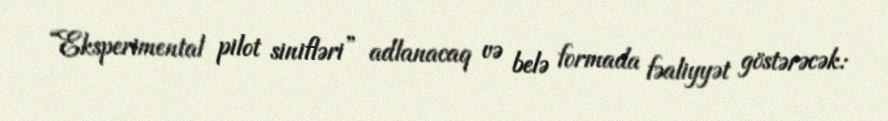
“Eksperimental pilot sinifləri” adlanacaq və belə formada fəaliyyət göstərəcək: